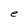
Character: e